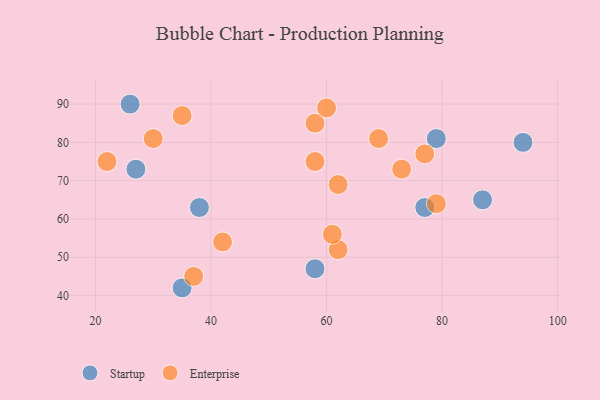
{"axis": {"x": "GDP", "y": "Life Expectancy"}, "legend": ["Enterprise", "Startup"], "data": [{"x": "35", "y": 42, "type": "Startup"}, {"x": "27", "y": 73, "type": "Startup"}, {"x": "87", "y": 65, "type": "Startup"}, {"x": "38", "y": 63, "type": "Startup"}, {"x": "58", "y": 47, "type": "Startup"}, {"x": "94", "y": 80, "type": "Startup"}, {"x": "77", "y": 63, "type": "Startup"}, {"x": "79", "y": 81, "type": "Startup"}, {"x": "26", "y": 90, "type": "Startup"}, {"x": "30", "y": 81, "type": "Enterprise"}, {"x": "62", "y": 52, "type": "Enterprise"}, {"x": "61", "y": 56, "type": "Enterprise"}, {"x": "37", "y": 45, "type": "Enterprise"}, {"x": "58", "y": 75, "type": "Enterprise"}, {"x": "73", "y": 73, "type": "Enterprise"}, {"x": "35", "y": 87, "type": "Enterprise"}, {"x": "42", "y": 54, "type": "Enterprise"}, {"x": "77", "y": 77, "type": "Enterprise"}, {"x": "58", "y": 85, "type": "Enterprise"}, {"x": "62", "y": 69, "type": "Enterprise"}, {"x": "22", "y": 75, "type": "Enterprise"}, {"x": "69", "y": 81, "type": "Enterprise"}, {"x": "79", "y": 64, "type": "Enterprise"}, {"x": "60", "y": 89, "type": "Enterprise"}]}